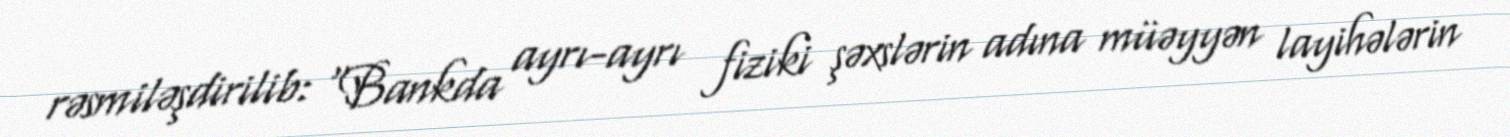
rəsmiləşdirilib: “Bankda ayrı-ayrı fiziki şəxslərin adına müəyyən layihələrin